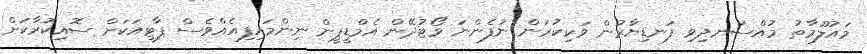
މައުލޫމާތު މުއްސަނދިވި ފަނޑިޔާރުން ވަކިކުރަން ނުފެންނަ ވޯޓުދޭން އެމްޑީޕީން ނިންމައިފިއެއްވެސް ޕާޓީއަކަށް ސޮއިކުރާކަށް